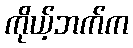
ကိုယ့်ဘက်က